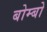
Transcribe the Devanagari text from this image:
बोम्बो